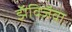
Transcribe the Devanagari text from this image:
झॅविजॅवा